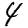
Digit: 4